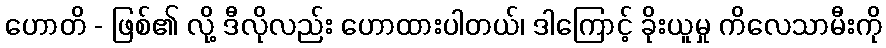
ဟောတိ - ဖြစ်၏ လို့ ဒီလိုလည်း ဟောထားပါတယ်၊ ဒါကြောင့် ခိုးယူမှု ကိလေသာမီးကို